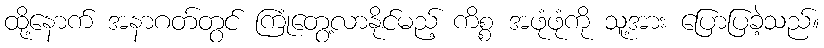
ထို့နောက် အနာဂတ်တွင် ကြုံတွေ့လာနိုင်မည့် ကိစ္စ အဖုံဖုံကို သူ့အား ပြောပြခဲ့သည်။